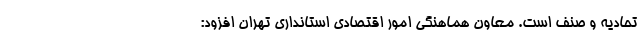
تحادیه و صنف است. معاون هماهنگی امور اقتصادی استانداری تهران افزود: